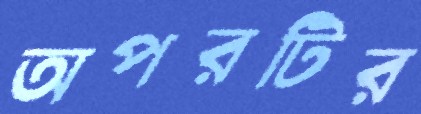
অপরটির